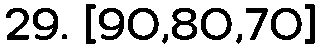
29. [90,80,70]